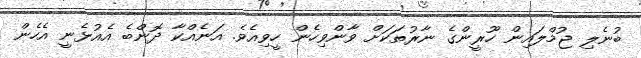
ބުނެލި ޖުމްލައިން ހޫރީންގެ ނާރުތަކަށް ވާންވިހެން ހީވިއެވެ. އަނެއްކާ ދޮންބެ އެއުޅެނީ އެހެން